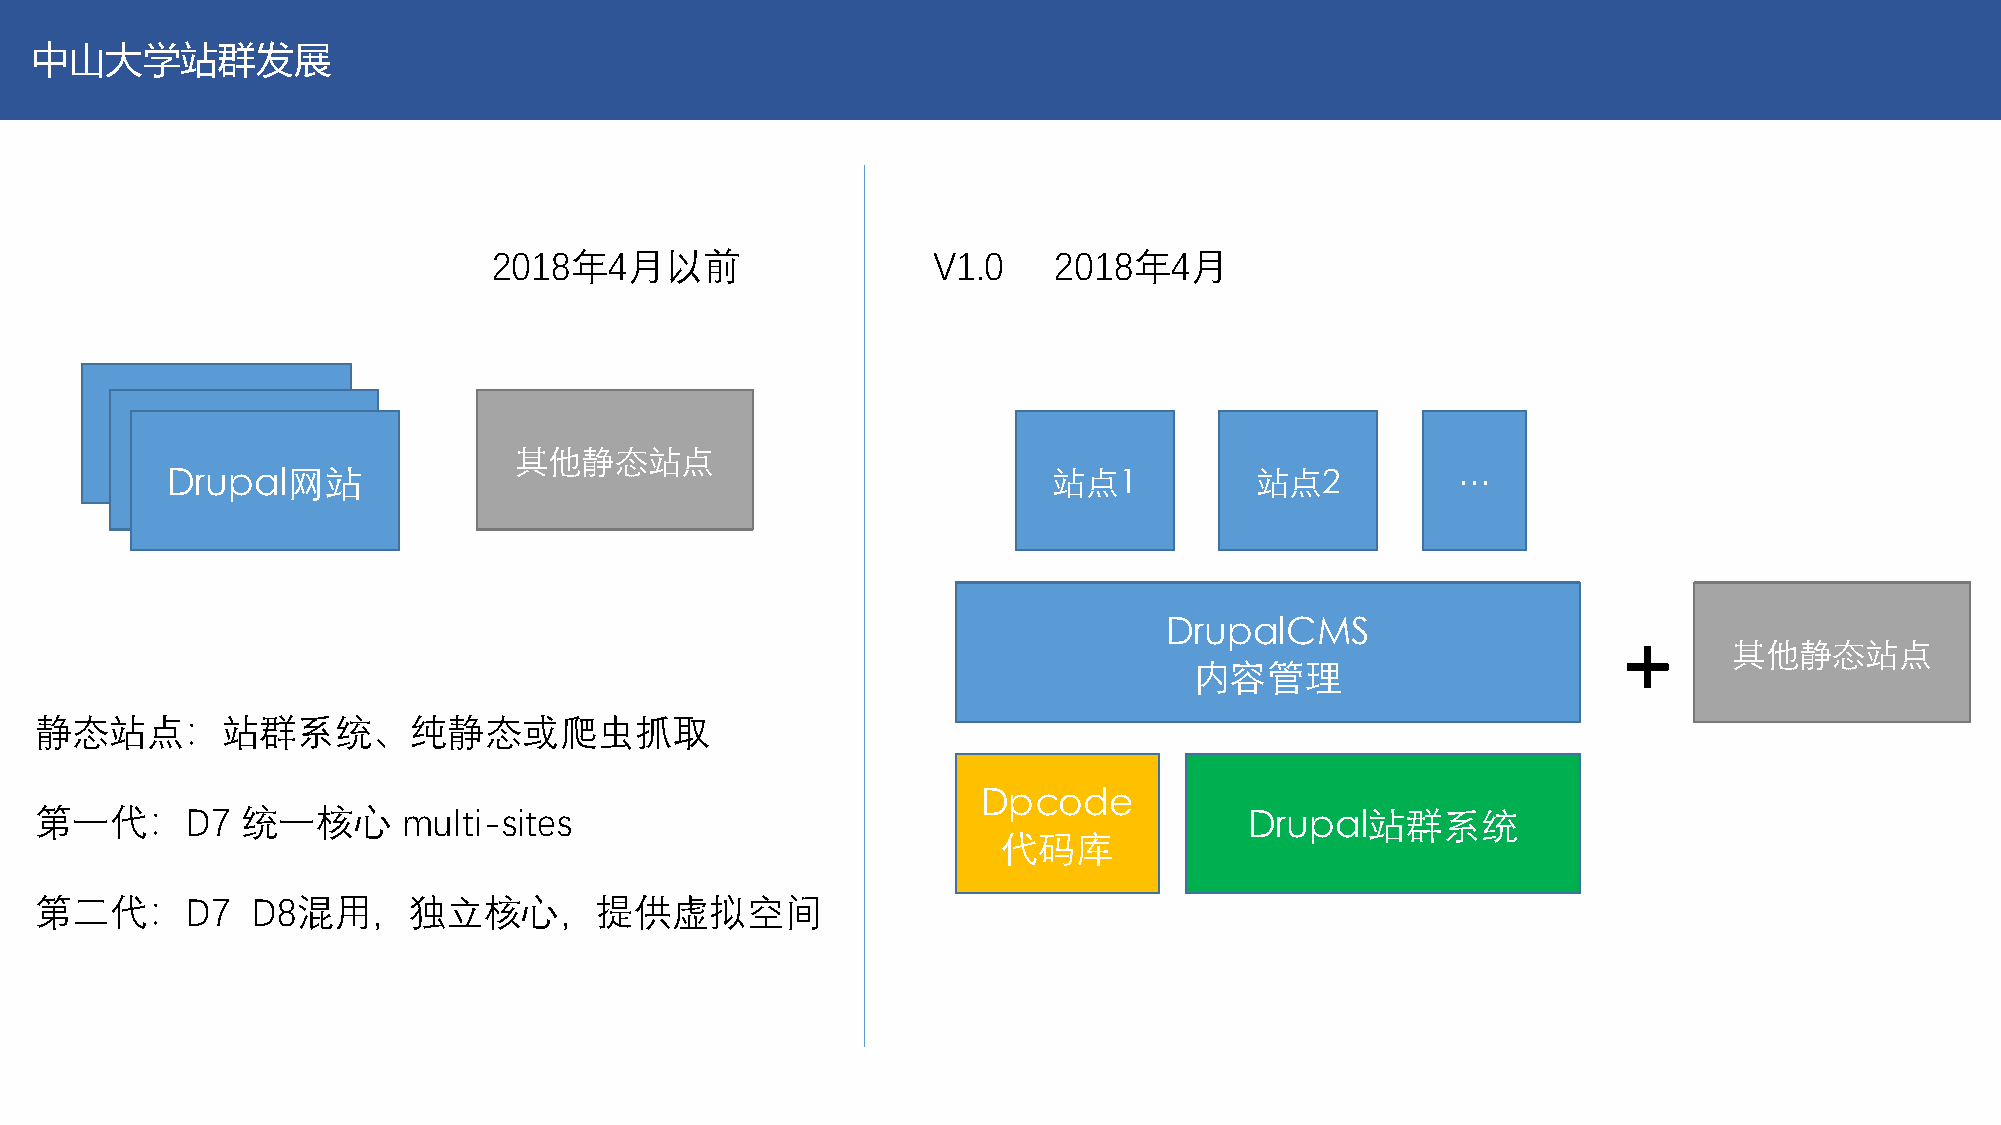
中山大学站群发展
 2018年4月以前                    V1.0    2018年4月
 Drupal网站
 Drupal网站                其他静态站点
 Drupal网站                                                   站点1          站点2          …
 DrupalCMS
 +
 其他静态站点
 内容管理
 静态站点：站群系统、纯静态或爬虫抓取
 Dpcode
 第一代：D7        统一核心       multi-sites                                             Drupal站群系统
 代码库
 第二代：D7         D8混用，独立核心，提供虚拟空间